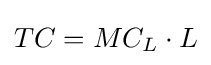
TC=MC_{L}\cdot L